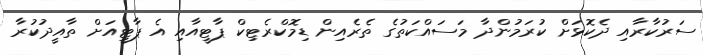
ސަރުކާރާއި ދެކޮޅަށް ކުރަމުންދާ މަސައްކަތުގެ ތެރެއިން ޑިމޮކްރެޓިކް ޕާޓީއާއި އެ ޕާޓީއަށް ތާއީދުކުރާ